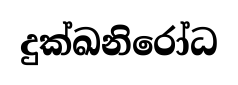
දුක්ඛනිරෝධ